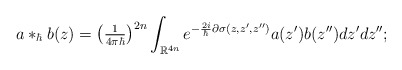
\begin{align*}a\ast_{\hbar}b(z)=\left( \tfrac{1}{4\pi\hbar}\right) ^{2n}\int_{\mathbb{R}^{4n}}e^{-\frac{2i}{\hbar}\partial\sigma(z,z^{\prime},z^{\prime\prime})}a(z^{\prime})b(z^{\prime\prime})dz^{\prime}dz^{\prime\prime}; \end{align*}